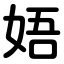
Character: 娪